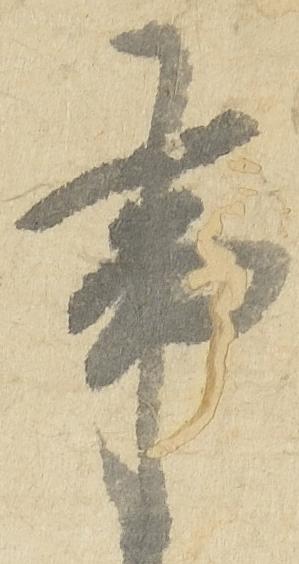
事